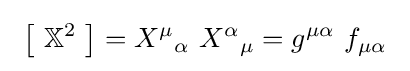
\ \left[\ \mathbb {X} ^{2}\ \right]=X^{\mu }{}_{\alpha }\ X^{\alpha }{}_{\mu }=g^{\mu \alpha }\ f_{\mu \alpha }\